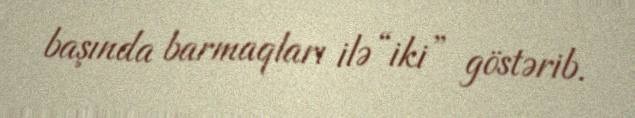
başında barmaqları ilə “iki” göstərib.